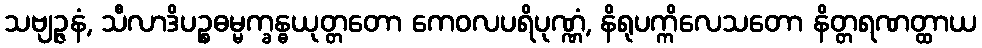
သဗျဉ္ဇနံ, သီလာဒိပဉ္စဓမ္မက္ခန္ဓယုတ္တတော ကေဝလပရိပုဏ္ဏံ, နိရုပက္ကိလေသတော နိတ္တရဏတ္ထာယ